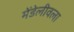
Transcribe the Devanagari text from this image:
मेंडेलीवला